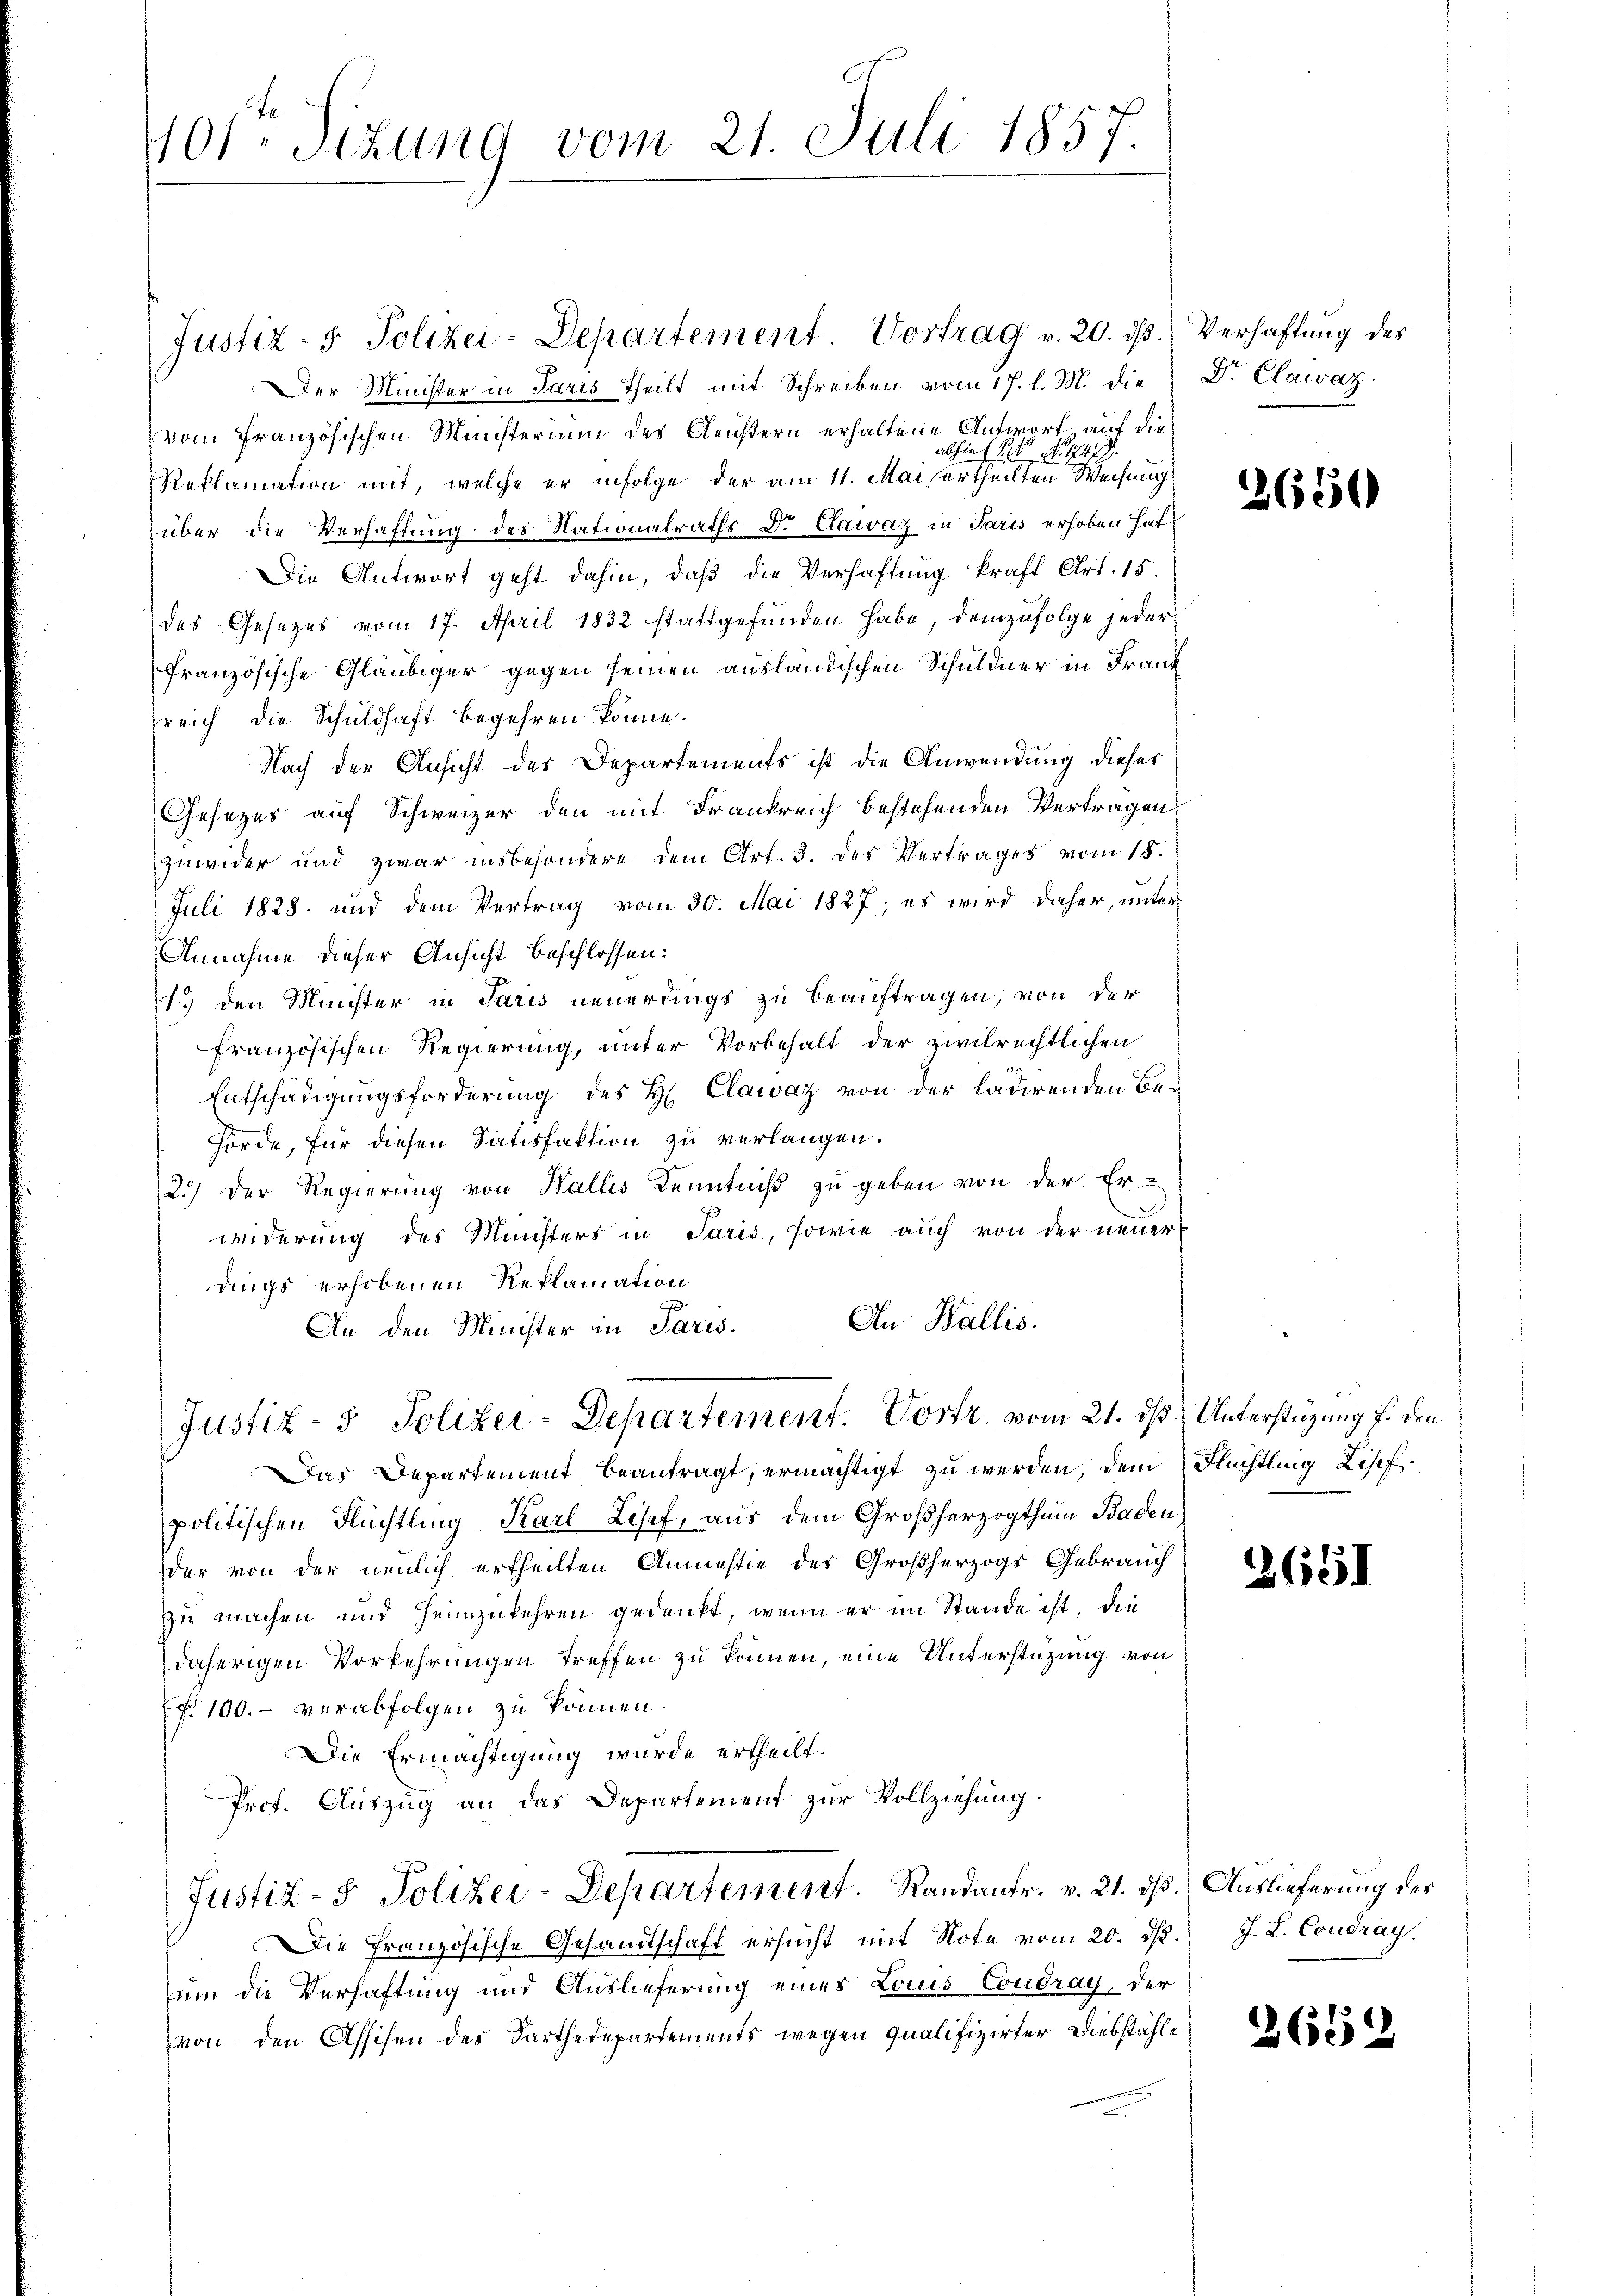
401 Sizung vom 21. Juli 1857.

Justiz- & Polizei-Departement. Vortrag v. 20. ds. Verhaftung des
Der Minister in Paris Theilt mit Schreiben vom 17. l. M. die
vom Französischen Ministerium des Cleußern erhaltene Antwort auf die
abhin (S. 14 No. 1947).
Reklamation mit, welche er infolge der am 11. Mais ertheilten Weisung
über die Verhaftung des Nationalraths Dr. Clawaz in Paris erhoben hat,
Die Antwort geht dahin, daß die Verhaftung kraft Art. 15.
des Gesezes vom 17. April 1832 stattgefunden habe, demzufolge jeder
französische Gläubiger gegen seinen ausländischen Schuldner in Frank
reich die Schuldhaft begehren könne.
Nach der Ansicht des Departements ist die Anwendung dieses
Gesezes auf Schweizer den mit Frankreich bestehenden Vertragen
zuwider und zwar insbesondere dem Art. 3. des Vertrages vom 18.
Juli 1828. und dem Vertrag vom 30. Mai 1827; es wird daher, unter
Annahme dieser Ansicht beschlossen:
1.) den Minister in Paris neuerdings zu beauftragen, von der
französischen Regierung, unter Vorbehalt der zivilrechtlichen
Entschädigungsforderung des H. Clawaz von der ladirenden Behörde, für diesen Satisfaktion zu verlangen.
2.) Der Regierung von Wallis Kenntniß zu geben von der Er-
widerung des Münsters in Paris, sowie auch von der neuer
dings erhobenen Reklamation
An den Minister in Paris. An Wallis
Justiz- & Polizei-Departement. Vortr. vom 21. ds Unterstüzung f. den
Das Departement beantragt, ermächtigt zu werden, dem Flüchtling Lisef.
politischen Flüchtling Karl Losef, aus dem Großherzogthum Baden
der von der neulich ertheilten Anmestie der Großherzogs Gebrauch
zu machen und heimzukehren gedenkt, wenn er im Stande ist, die
daherigen Vorkehrungen treffen zu können, eine Unterstützung von
 100. verabfolgen zu können.
Die Ermächtigung wurde ertheilt.
Prof. Auszug an das Departement zur Vollziehung.
Justiz- & Polizei-Departement. Randanfr. v. 21. ds. Auslieferung des
Die Französische Gesandtschaft ersucht mit Note vom 20. d. J. L. Coudray.
um die Verhaftung und Auslieferung einer Louis Coudray, der
von den Assisen des Sarthedepartements wegen qualifizirter Diebstähle

Dr. Clawaz.

2650

2661

2659